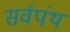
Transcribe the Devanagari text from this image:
सर्वपंथ